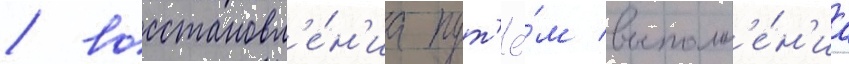
/ восстановл'е́н'иа пут'ё́м выполн'е́н'иа